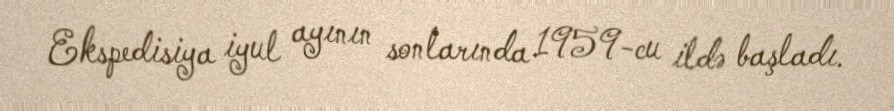
Ekspedisiya iyul ayının sonlarında 1959-cu ildə başladı.